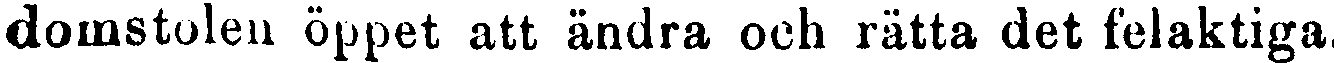
domstolen öppet att ändra och rätta det felaktiga.